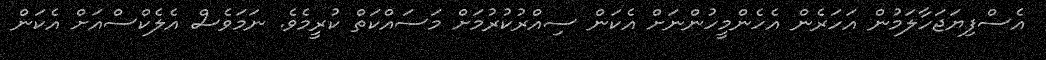
އެސްފިޔަޖަހާލަމުން އަހަރެން އެހެންމީހުންނަށް އެކަން ސިއްރުކުރުމަށް މަސައްކަތް ކުރީމެވެ. ނަމަވެސް އެލެކްސްއަށް އެކަން